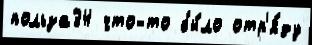
польза34 что-то бы́ло отр'я́ду